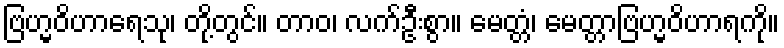
ဗြဟ္မဝိဟာရေသု၊ တို့တွင်။ တာဝ၊ လက်ဦးစွာ။ မေတ္တံ၊ မေတ္တာဗြဟ္မဝိဟာရကို။